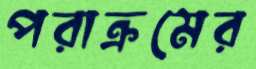
পরাক্রমের